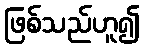
ဖြစ်သည်ဟူ၍